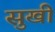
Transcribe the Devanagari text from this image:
सुखी